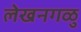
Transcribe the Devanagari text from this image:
लेखनगळु